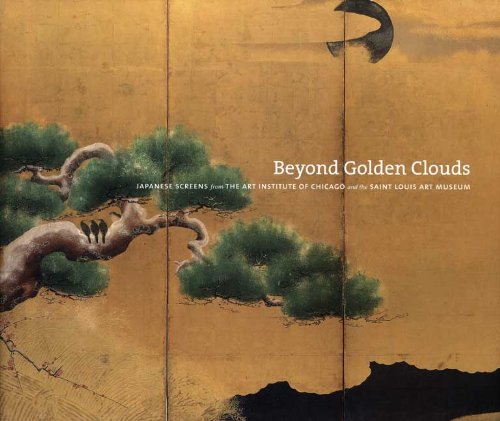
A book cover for Beyond Golden Clouds: Japanese Screens from the Art Institute of Chicago and the Saint Louis Art Museum; Arts & Photography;